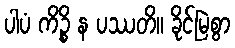
ပါပံ ကိဉ္စိ န ပဿတိ။ ခိုင်မြဲစွာ